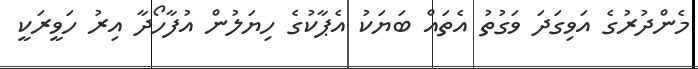
މެންދުރުގެ އަވިގަދަ ވަގުތު އެތައް ބަޔަކު އެޕާކުގެ ހިޔަލުން އުފާހޯދާ އިރު ހަވީރަކީ